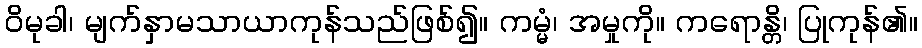
ဝိမုခါ၊ မျက်နှာမသာယာကုန်သည်ဖြစ်၍။ ကမ္မံ၊ အမှုကို။ ကရောန္တိ၊ ပြုကုန်၏။